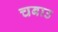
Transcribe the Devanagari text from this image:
चबाउ